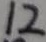
1 2